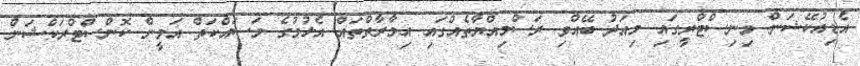
އެޑިއުކޭޝަން މިނިސްޓްރީގައި މިއަދު ބޭއްވި ރަސްމިއްޔާތެއްގައި އިމާރާތްތައް އެޅުމުގެ މަސައްކަތް އަމީން ކޮންސްޓްރަކްޝަން